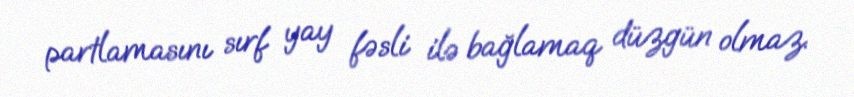
partlamasını sırf yay fəsli ilə bağlamaq düzgün olmaz.